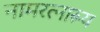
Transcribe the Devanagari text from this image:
नामरत्नारूय